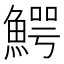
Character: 鰐